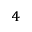
_ 4